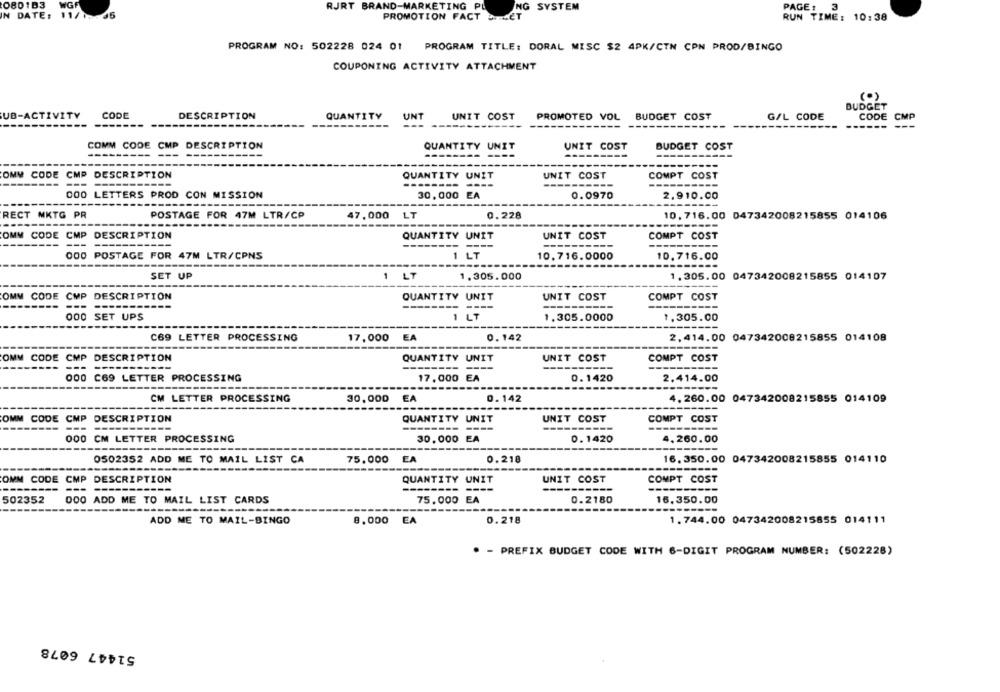
0801B3
WGF
PAGE: 3
RJRT BRAND-MARKETING PL
SYSTEM
IN DATE: 11/17:45
PROMOTION FACT BILLET
RUN TIME: 10:38
PROGRAM NO: 502228 024 01 PROGRAM TITLE: DORAL MISC $2 4PK/CTN CPN PROD/BINGO
COUPONING ACTIVITY ATTACHMENT
(.)
BUDGET
UB-ACTIVITY
CODE
DESCRIPTION
QUANTITY
UNT
UNIT COST
PROMOTED VOL BUDGET COST
G/L CODE
CODE CMP
-------
COMM CODE CMP DESCRIPTION
BUDGET COST
QUANTITY UNIT
UNIT COST
------
OMY CODE CMP DESCRIPTION
QUANTITY UNIT
UNIT COST
COMPT COST
-----------
-------- ----
----------
----
---
000 LETTERS PROD CON MISSION
30, 000 EA
0.0970
2.910.00
---------
RECT MKTG PR
POSTAGE FOR 47M LTR/CP
LT
0.228
47,000
10, 716. 00 047342008215855 014106
OMW CODE CMP DESCRIPTION
QUANTITY UNIT
UNIT COST
COMPT COST
---
000 POSTAGE FOR 47M LTR/CPNS
10.716.0000
10.716.00
1 LT
-------
SET UP
1 LT
1.305.000
1.305.00 047342008215855 014107
OMW CODE CMP DESCRIPTION
QUANTITY UNIT
UNIT COST
COMPT COST
---
000 SET UPS
1 LT
1.305.0000
1,305.00
C69 LETTER PROCESSING
17,000
EA
0. 142
2,414.00 047342008215855 014108
OMM CODE CMP DESCRIPTION
QUANTITY UNIT
UNIT COST
COMPT COST
---
----------
----------
000 C69 LETTER PROCESSING
17,000 EA
0. 1420
2,414.00
CM LETTER PROCESSING
30,000 EA
0.142
4. 260.00 047342008215855 014109
OMM CODE CMP
DESCRIPTION
QUANTITY UNIT
UNIT COST
COMPT COST
---
----------
000 CM LETTER PROCESSING
30.000 EA
0.1420
4.260.00
0502352 ADD ME TO MAIL LIST CA
75.000 EA
0.218
16. 350.00 047342008215855 014110
OMM CODE CMP DESCRIPTION
QUANTITY UNIT
UNIT COST
COMPT COST
---
------
----------
502352
000 ADD ME TO MAIL LIST CARDS
75.000 EA
0.2180
16.350.00
------
---------
ADD ME TO MAIL-BINGO
8,000 EA
0.218
1. 744.00 047342008215855 014111
* - PREFIX BUDGET CODE WITH 6-DIGIT PROGRAM NUMBER: (502228)
51447 6078